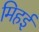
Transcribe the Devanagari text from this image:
मिहई